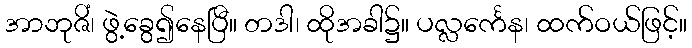
အာဘုဇိံ၊ ဖွဲ့ခွေ၍နေပြီ။ တဒါ၊ ထိုအခါ၌။ ပလ္လင်္ကေန၊ ထက်ဝယ်ဖြင့်။